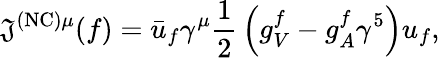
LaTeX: \mathfrak{J}^{\mathrm{{(NC)}}\mu}(f)={\bar{{u}}}_{f}\gamma^{\mu}{\frac{{1}}{{2}}}\left(g_{V}^{f}-g_{A}^{f}\gamma^{5}\right)u_{f},